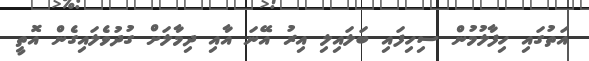
އަތުގައި ހިފާލުމުން ސިހިފައި ބަލައިލި އިރު އޭނަ އާއި ދިމާލަށް ގުދުވެލައިގެން އޮތީ